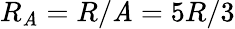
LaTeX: R_{\mathit{A}}=R/\mathit{A}=5R/3